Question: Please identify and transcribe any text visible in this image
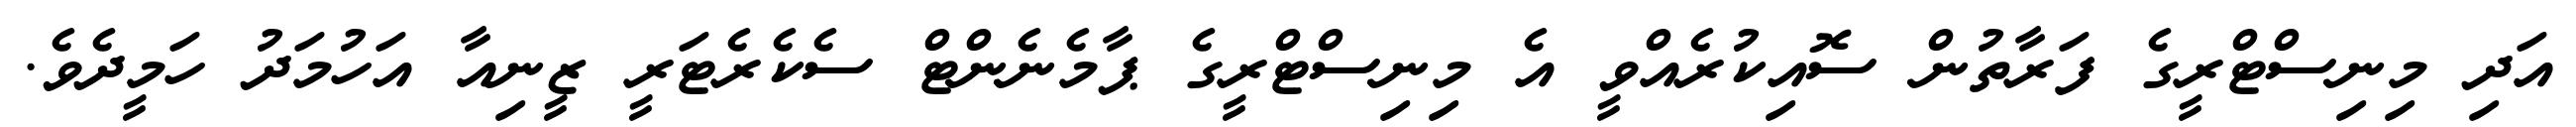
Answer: އަދި މިނިސްޓްރީގެ ފަރާތުން ސޮއިކުރެއްވީ އެ މިނިސްޓްރީގެ ޕާމެނެންޓް ސެކެރެޓަރީ ޒީނިއާ އަހުމަދު ހަމީދެވެ.